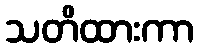
သတိထားကာ